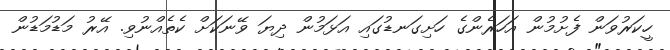
ހީކަރުވަން ފެށުމުން އަހަރެންގެ ހަށިގަނޑުގައި އަޅަމުން ދިޔަ ވޭނަކަށް ކެތެއްނުވި. އޭރު މަޑުމަޑުން